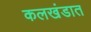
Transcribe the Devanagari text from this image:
कलखंडात